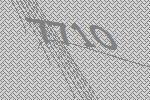
7710